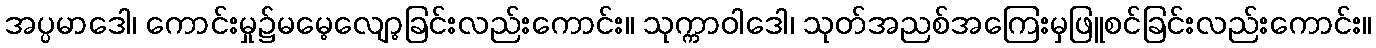
အပ္ပမာဒေါ၊ ကောင်းမှု၌မမေ့လျော့ခြင်းလည်းကောင်း။ သုက္ကာဝါဒေါ၊ သုတ်အညစ်အကြေးမှဖြူစင်ခြင်းလည်းကောင်း။